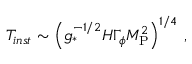
T _ { i n s t } \sim \left( g _ { \ast } ^ { - 1 / 2 } H \Gamma _ { \phi } M _ { \mathrm { P } } ^ { 2 } \right) ^ { 1 / 4 } \, ,